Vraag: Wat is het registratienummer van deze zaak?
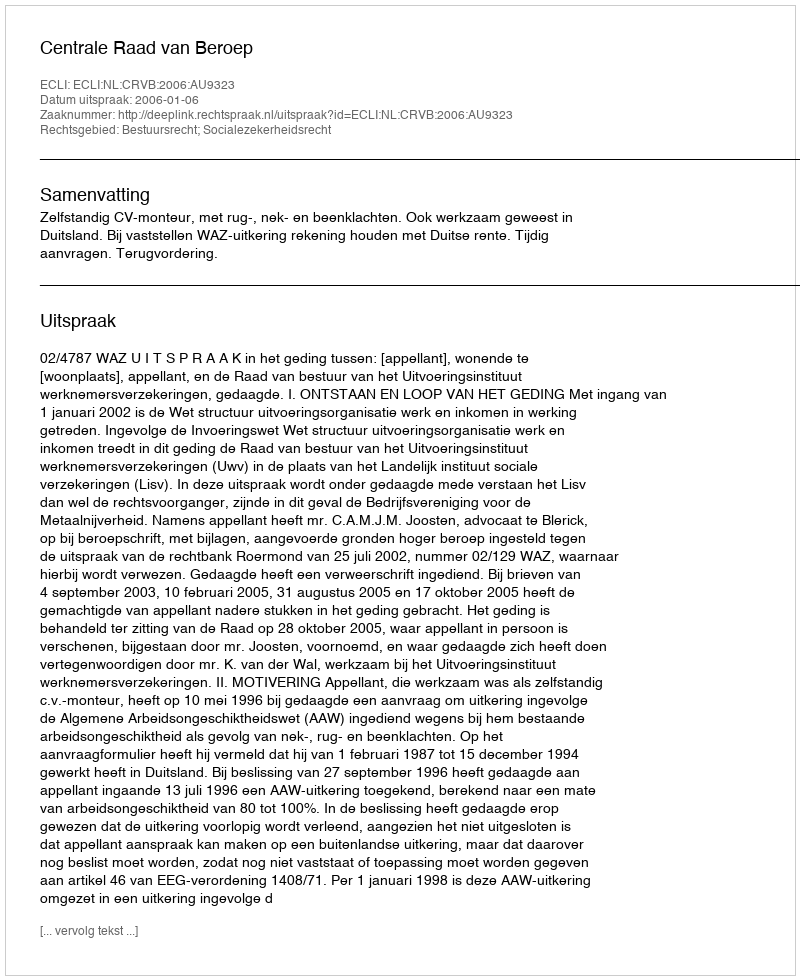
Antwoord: http://deeplink.rechtspraak.nl/uitspraak?id=ECLI:NL:CRVB:2006:AU9323